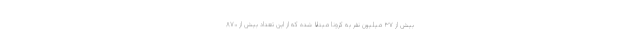
بیش از ۳۷ میلیون نفر به کرونا مبتلا شده که از این تعداد بیش از ۸۷۰